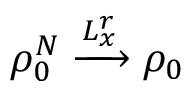
\rho _ { 0 } ^ { N } \xrightarrow [ ] { L _ { x } ^ { r } } \rho _ { 0 }